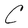
Character: C